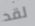
لقد